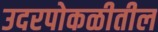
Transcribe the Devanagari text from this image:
उदरपोकळीतील